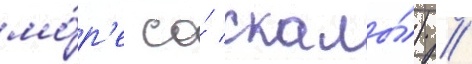
мо́р'е со́ скалы́) /